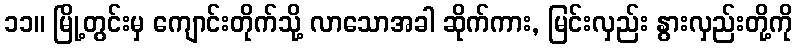
၁၁။ မြို့တွင်းမှ ကျောင်းတိုက်သို့ လာသောအခါ ဆိုက်ကား, မြင်းလှည်း နွားလှည်းတို့ကို